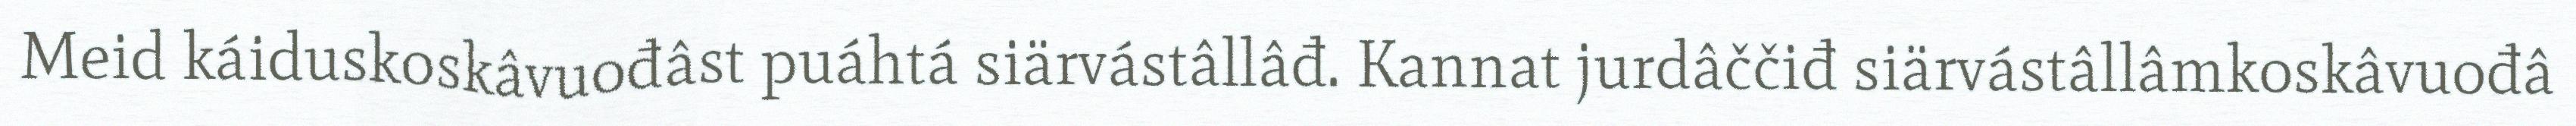
Meid káiduskoskâvuođâst puáhtá siärvástâllâđ. Kannat jurdâččiđ siärvástâllâmkoskâvuođâ